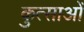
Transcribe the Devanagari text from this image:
कुत्साओं